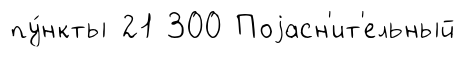
пу́нкты 21 300 Поjасн'ит'ельный